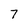
Character: 7